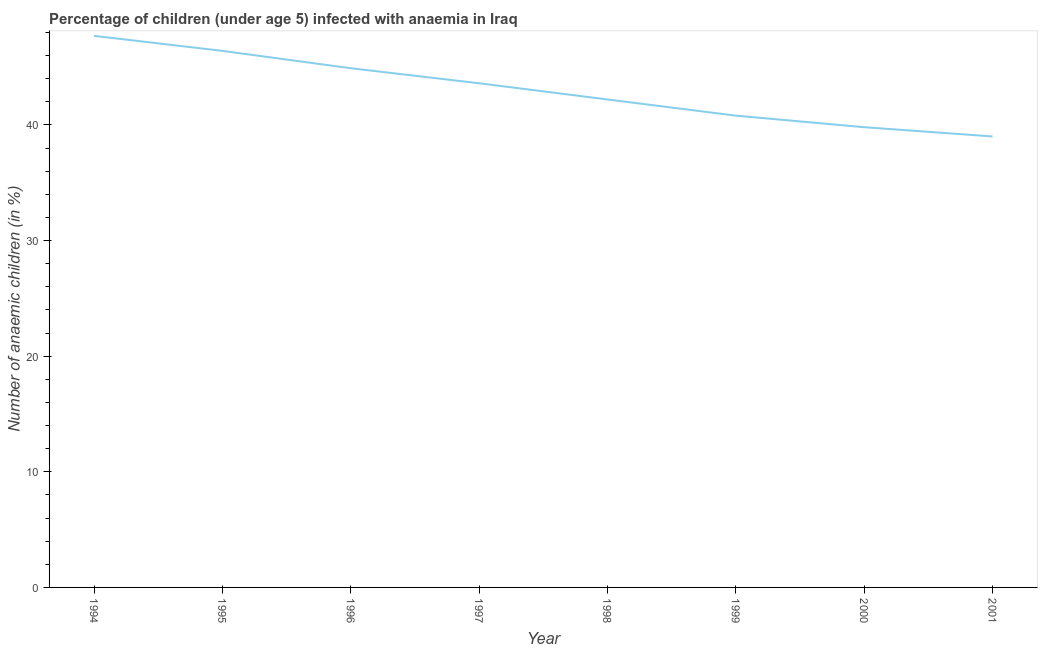
| Year | Prevalence of anemia among children |
 | --- | --- |
 | 1994 | 47.7 |
 | 1995 | 46.4 |
 | 1996 | 44.9 |
 | 1997 | 43.6 |
 | 1998 | 42.2 |
 | 1999 | 40.8 |
 | 2000 | 39.8 |
 | 2001 | 39 |